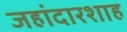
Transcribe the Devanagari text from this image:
जहांदारशाह